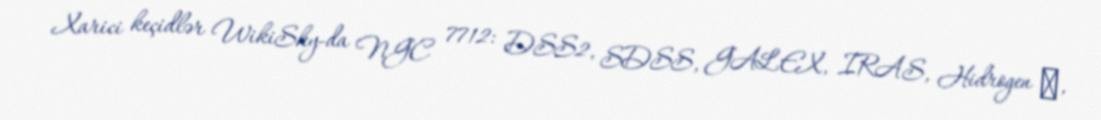
Xarici keçidlər WikiSky-da NGC 7712: DSS2, SDSS, GALEX, IRAS, Hidrogen α,